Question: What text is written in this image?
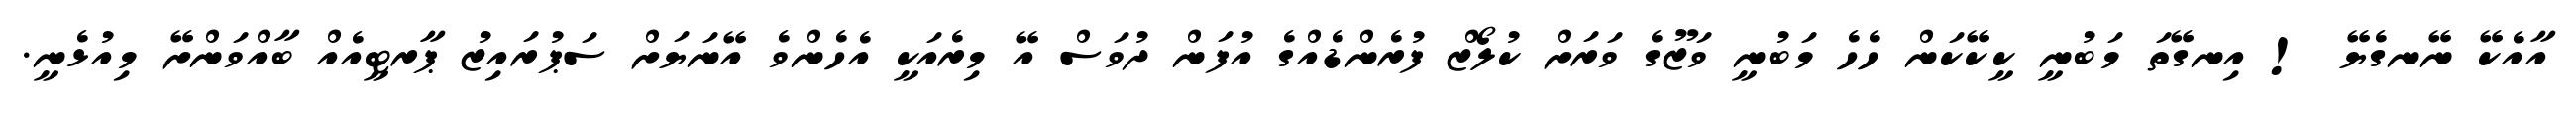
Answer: އާއެކޭ ނޭނގެޔޭ ! އިނގޭތަ މަބުނީ ކީކޭކަން ހެހެ މަބުނީ ވަޒޫގެ ވަރަށް ކުލޯޒް ފުރެންޑެއްގެ އުފަން ދުވަސް އޭ މިރެއަކީ އެހެންވެ އޭނަޔަށް ސަޕުރައިޒު ޕާރޓީއެއް ބާއްވަންށޭ މިއުޅެނީ.